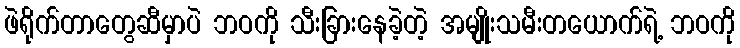
ဖဲရိုက်တာတွေဆီမှာပဲ ဘဝကို သီးခြားနေခဲ့တဲ့ အမျိုးသမီးတယောက်ရဲ့ ဘဝကို